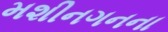
મશીનગનના